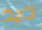
ديد